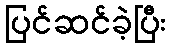
ပြင်ဆင်ခဲ့ပြီး